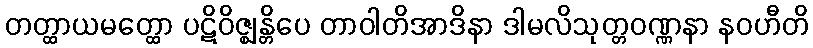
တတ္ထာယမတ္ထော ပဋိဝိဇ္ဈန္တိပေ တာဝါတိအာဒိနာ ဒါမလိသုတ္တဝဏ္ဏနာ နဝဟီတိ